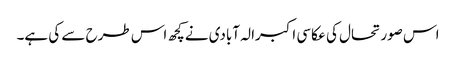
اس صورتحال کی عکاسی اکبرالہ آبادی نےکچھ اس طرح سے کی ہے۔